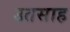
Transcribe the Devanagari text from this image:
उतसाह